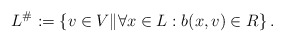
\begin{align*} L^{\#} := \left\{ v \in V \| \forall x \in L : b(x,v) \in R \right\}.\end{align*}